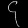
Digit: ၄